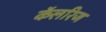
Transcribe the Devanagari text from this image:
कॅलरिज